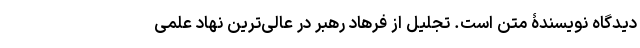
دیدگاه نویسندۀ متن است. تجلیل از فرهاد رهبر در عالی‌ترین نهاد علمی